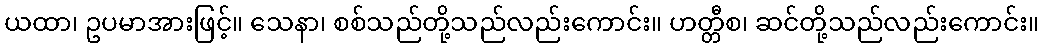
ယထာ၊ ဥပမာအားဖြင့်။ သေနာ၊ စစ်သည်တို့သည်လည်းကောင်း။ ဟတ္တီစ၊ ဆင်တို့သည်လည်းကောင်း။